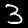
Digit: 3